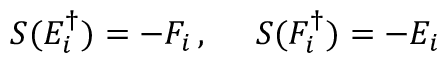
S ( E _ { i } ^ { \dagger } ) = - F _ { i } \, , ~ ~ ~ ~ S ( F _ { i } ^ { \dagger } ) = - E _ { i }